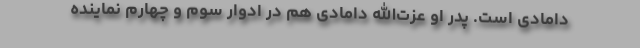
دامادی است. پدر او عزت‌الله دامادی هم در ادوار سوم و چهارم نماینده